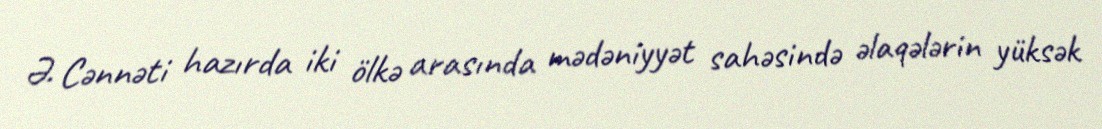
Ə. Cənnəti hazırda iki ölkə arasında mədəniyyət sahəsində əlaqələrin yüksək